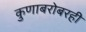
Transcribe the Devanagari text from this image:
कुणाबरोबरही